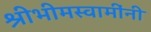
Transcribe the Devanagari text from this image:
श्रीभीमस्वामींनी